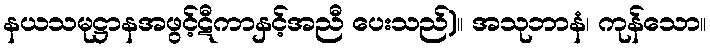
နယသမုဋ္ဌာနအဖွင့်ဋီကာနှင့်အညီ ပေးသည်)။ အသုဘာနံ၊ ကုန်သော။